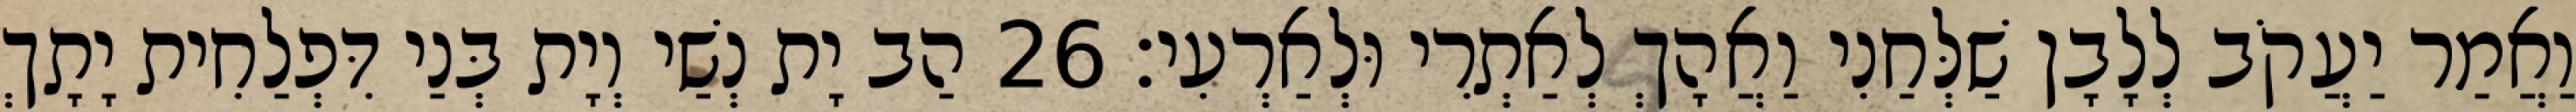
וַאֲמַר יַעֲקֹב לְלָבָן שַׁלְּחַנִי וַאֲהָךְ לְאַתְרִי וּלְאַרְעִי׃ 26 הַב יָת נְשַׁי וְיָת בְּנַי דִּפְלַחִית יָתָךְ